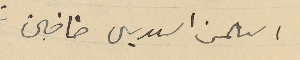
استلمت السىدين خاصتين